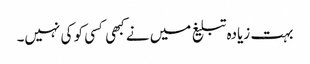
بہت زیادہ تبلیغ میں نے کبھی کسی کو کی نہیں۔